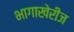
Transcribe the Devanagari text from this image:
भागाखेरीज